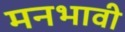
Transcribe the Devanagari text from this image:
मनभावी